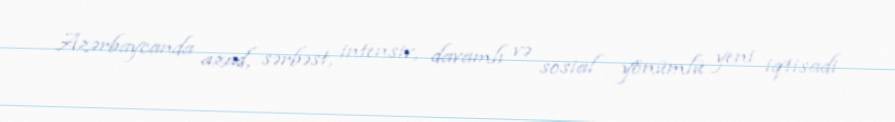
Azərbaycanda azad, sərbəst, intensiv, davamlı və sosial yönümlü yeni iqtisadi